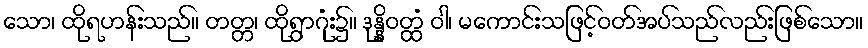
သော၊ ထိုရဟန်းသည်။ တတ္တ၊ ထိုရွာဂုံး၌။ ဒုန္နိဝတ္ထံ ဝါ၊ မကောင်းသဖြင့်ဝတ်အပ်သည်လည်းဖြစ်သော။